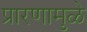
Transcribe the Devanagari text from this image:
प्रारणामुळे